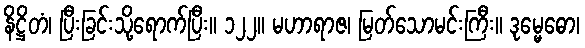
နိဋ္ဌိတံ၊ ပြီးခြင်းသို့ရောက်ပြီး။ ၁၂၂။ မဟာရာဇ၊ မြတ်သောမင်းကြီး။ ဒုမ္မေဓော၊